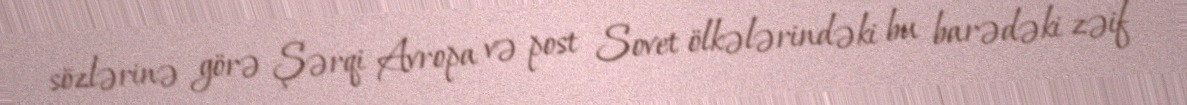
sözlərinə görə Şərqi Avropa və post Sovet ölkələrindəki bu barədəki zəif